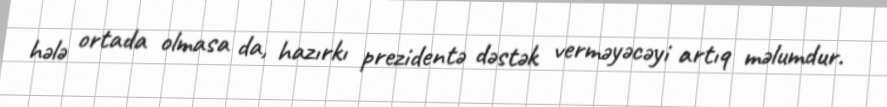
hələ ortada olmasa da, hazırkı prezidentə dəstək verməyəcəyi artıq məlumdur.